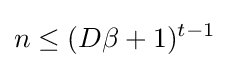
n\leq (D\beta +1)^{t-1}